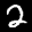
Label: 2